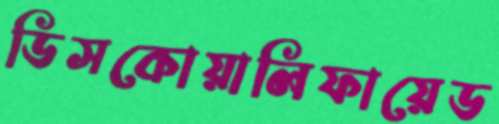
ডিসকোয়ালিফায়েড